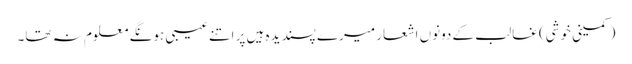
(کمینی خوشی) غالب کے دونوں اشعار میرے پسندیدہ ہیں پر اتنے عیبی ہونگے معلوم نہ تھا۔